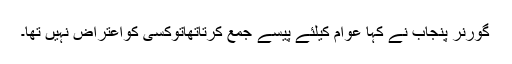
گورنر پنجاب نے کہا عوام کیلئے پیسے جمع کرتاتھاتوکسی کواعتراض نہیں تھا۔